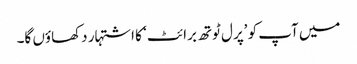
میں آپ کو ’پرل ٹوتھ برائٹ‘ کا اشتہار دکھاؤں گا۔